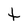
Character: t